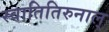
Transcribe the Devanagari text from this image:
स्वातितिरुनाल्